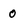
Character: 0